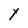
Character: Y